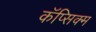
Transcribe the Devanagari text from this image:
कॅप्सिक्म